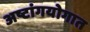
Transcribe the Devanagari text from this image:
अष्टांगयोगात